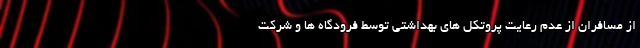
از مسافران از عدم رعایت پروتکل های بهداشتی توسط فرودگاه ها و شرکت